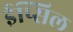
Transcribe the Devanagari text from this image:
ईप्सिल